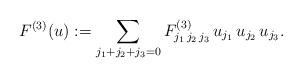
LaTeX: \begin{align*}F^{(3)}(u):=\sum_{j_1+j_2+j_3=0} F^{(3)}_{j_1\,j_2\,j_3}\,u_{j_1}\,u_{j_2}\,u_{j_3}.\end{align*}